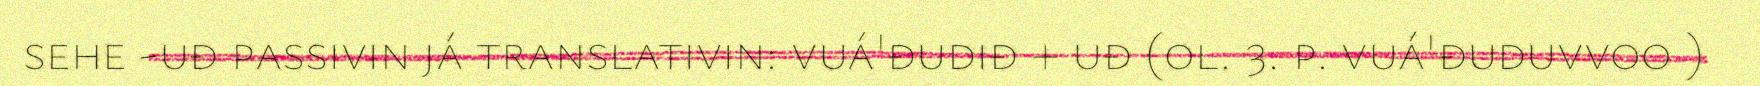
sehe -uđ passivin já translativin: vuá'đudiđ + uđ (ol. 3. p. vuá'đuduvvoo )